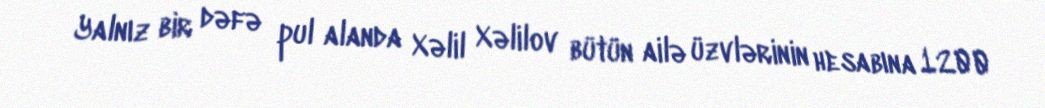
Yalnız bir dəfə pul alanda Xəlil Xəlilov bütün ailə üzvlərinin hesabına 1200